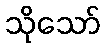
သိုသော်